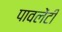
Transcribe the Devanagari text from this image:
पावलेंटी